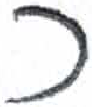
אות: כ